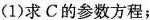
(1) 求C的参数方程；